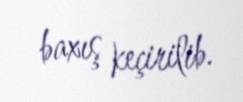
baxış keçirilib.